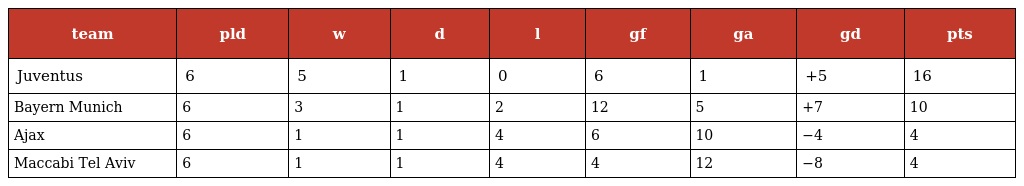
| team | pld | w | d | l | gf | ga | gd | pts |
 | --- | --- | --- | --- | --- | --- | --- | --- | --- |
 | Juventus | 6 | 5 | 1 | 0 | 6 | 1 | +5 | 16 |
 | Bayern Munich | 6 | 3 | 1 | 2 | 12 | 5 | +7 | 10 |
 | Ajax | 6 | 1 | 1 | 4 | 6 | 10 | −4 | 4 |
 | Maccabi Tel Aviv | 6 | 1 | 1 | 4 | 4 | 12 | −8 | 4 |